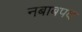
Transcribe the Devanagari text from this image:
नबाबपद